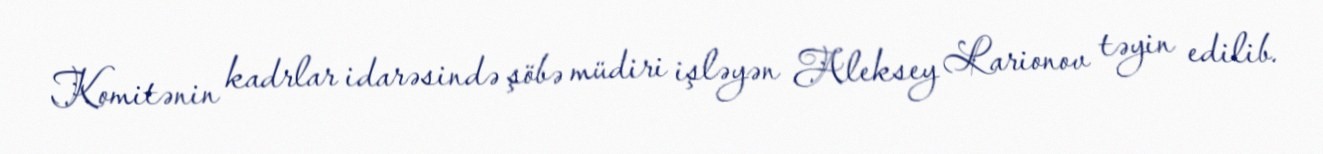
Komitənin kadrlar idarəsində şöbə müdiri işləyən Aleksey Larionov təyin edilib.